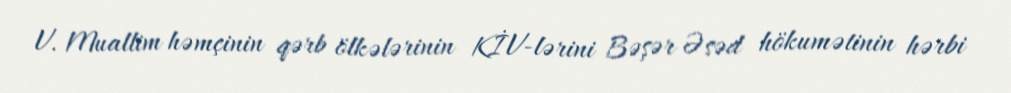
V. Muallim həmçinin qərb ölkələrinin KİV-lərini Bəşər Əsəd hökumətinin hərbi